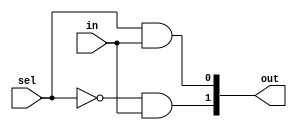
module demux1to2 (out, in, sel);
  input in,sel;
  output[1:0]out;
  wire t1;
  not(t1,sel);
  and A1 ( out[1],t1,in);
  and A2 ( out[0],sel,in);
endmodule